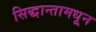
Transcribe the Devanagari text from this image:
सिद्धान्तामधून